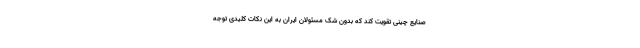
صنایع چینی تقویت کند که بدون شک مسئولان ایران به این نکات کلیدی توجه